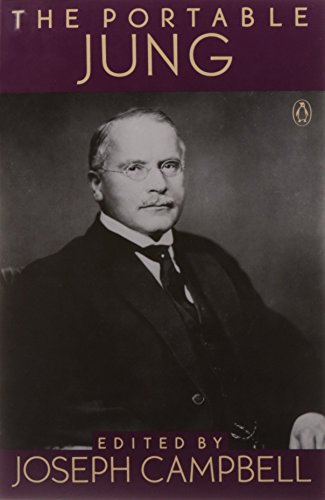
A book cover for The Portable Jung (Portable Library); Carl G. Jung; Medical Books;